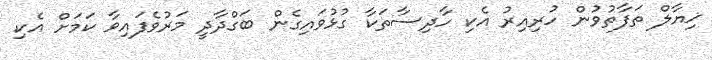
ޚިޔާލް ތަފާތުވުން ހުރިއިރު އެކި ހާދިސާތަކާ ގުޅުވައިގެން ބަގްދާދީ މަރުވެފައިވާ ކަމަށް އެކި